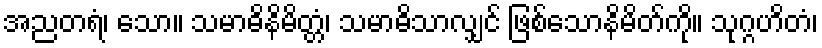
အညတရံ၊ သော။ သမာဓိနိမိတ္တံ၊ သမာဓိသာလျှင် ဖြစ်သောနိမိတ်ကို။ သုဂ္ဂဟိတံ၊